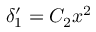
\delta _ { 1 } ^ { \prime } = C _ { 2 } x ^ { 2 }